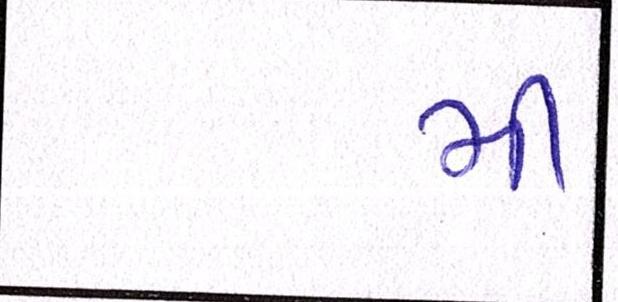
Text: મી